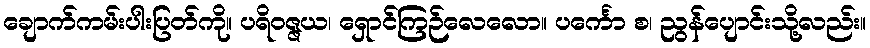
ချောက်ကမ်းပါးပြတ်ကို။ ပရိဝဇ္ဇယ၊ ရှောင်ကြဉ်လေလော။ ပင်္ကော စ၊ ညွန်ပျောင်းသို့လည်း။